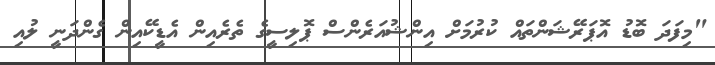
"މިފަދަ ބޮޑު އޮޕަރޭޝަންތައް ކުރުމަށް އިންޝުއަރެންސް ޕޮލިސީގެ ތެރެއިން އެޑީކޭއިން ގެންދަނީ ލުއި